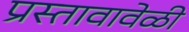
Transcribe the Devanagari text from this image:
प्रस्तावावेळी